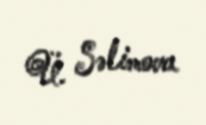
Ü. Səlimova